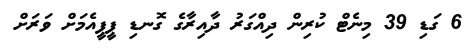
6 ގަޑި 39 މިނެޓް ކުރިން ދިއްގަރު ދާއިރާގެ ގޮނޑި ޕީޕީއެމަށް ވަރަށް